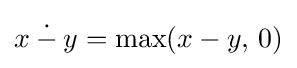
x\mathbin {\dot {-}} y=\max(x-y,\,0)